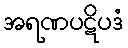
အရဏပဋိပဒံ